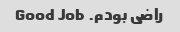
راضی بودم. Good Job